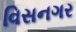
વિસનગર